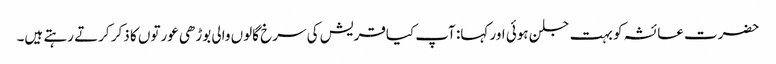
حضرت عائشہ کو بہت جلن ہوئی اور کہا: آپ کیاقریش کی سرخ گالوں والی بوڑھی عورتوں کا ذکر کرتے رہتے ہیں۔